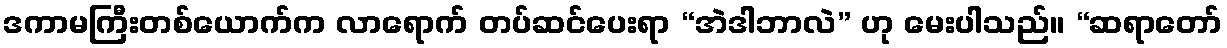
ဒကာမကြီးတစ်ယောက်က လာရောက် တပ်ဆင်ပေးရာ “အဲဒါဘာလဲ” ဟု မေးပါသည်။ “ဆရာတော်